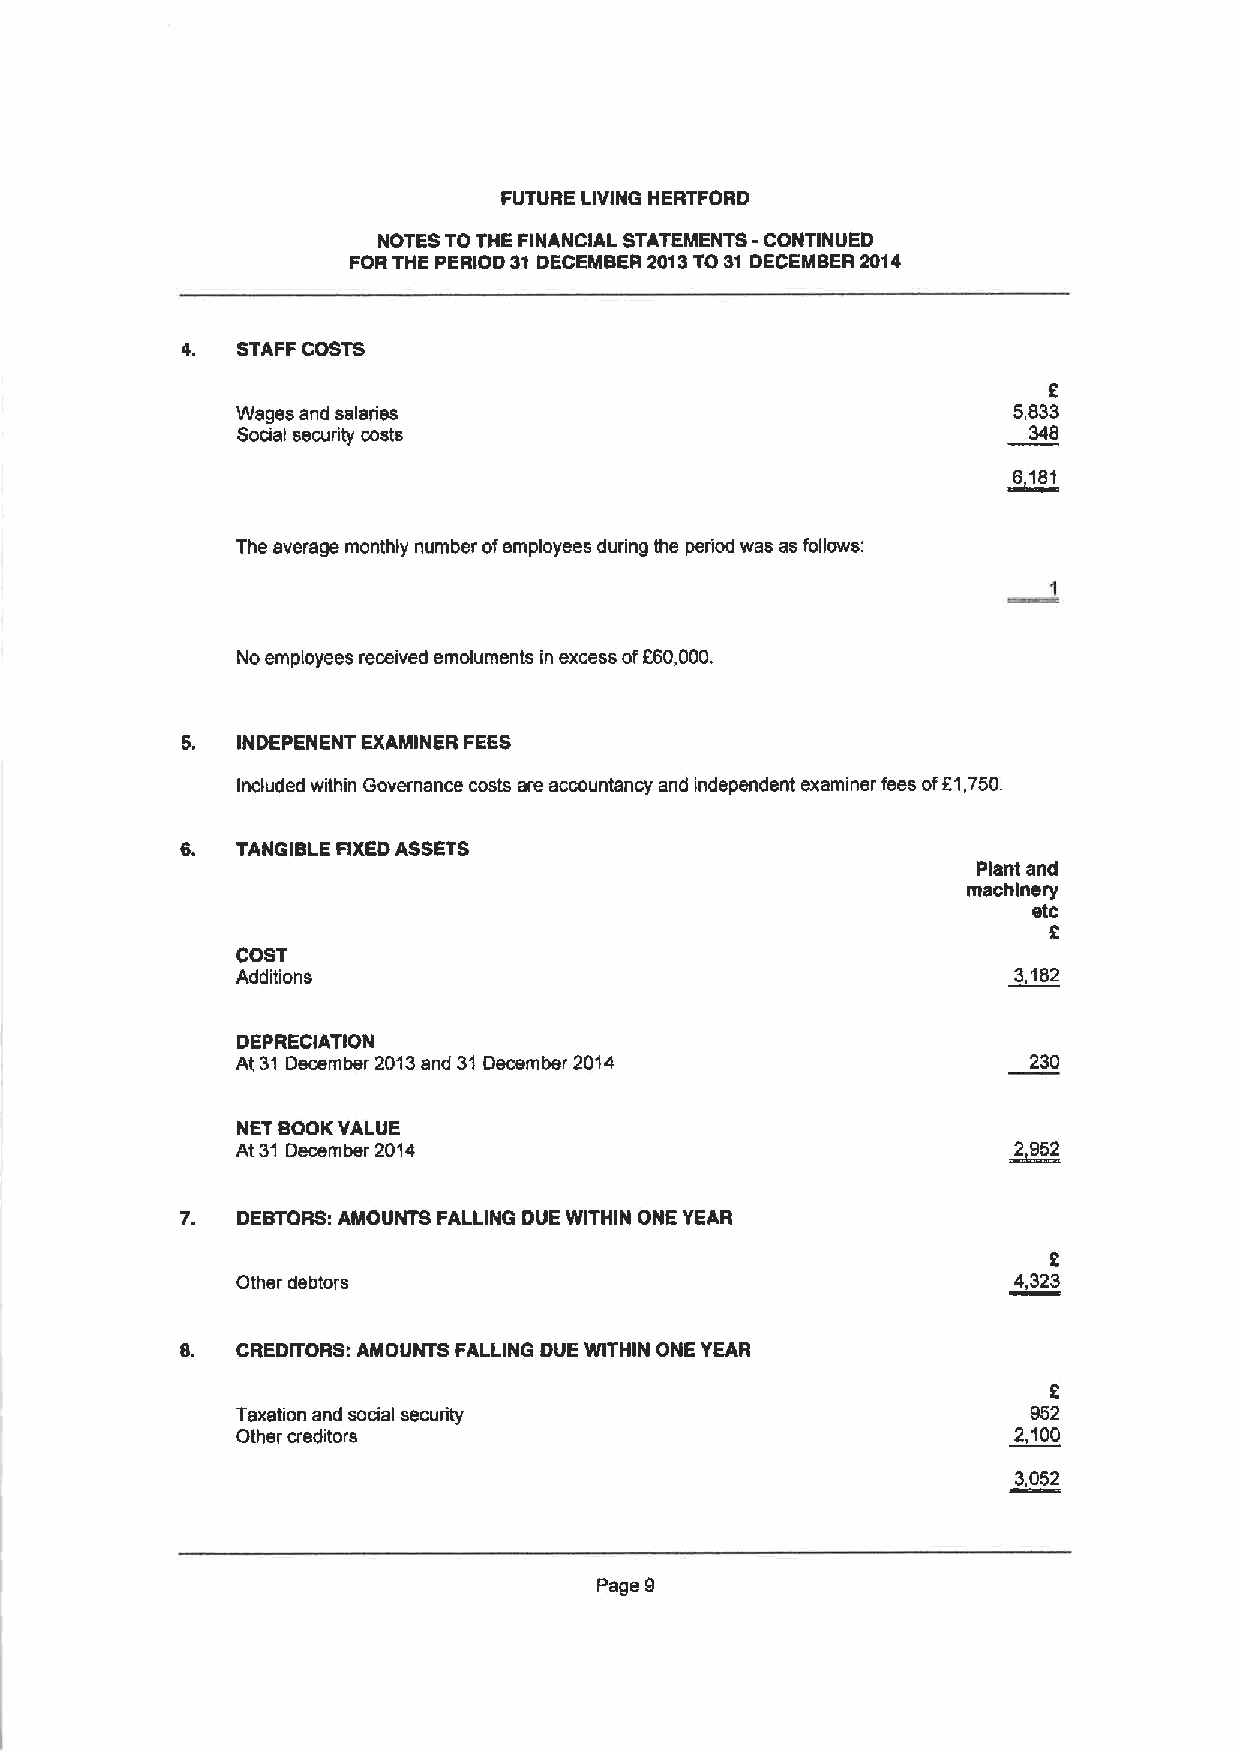
FUTURE LIVING HERTFORD
 NOTES TOTHE FINANCIAL STATEMENTS - CONTINUED
 FORTHE PERIOD 31DECEMBER 2013TO 31 DECEMBER 2014
 4.  STAFF COSTS
 9
 Wages and salaries                                 5,833
 Social security costs                               348
 ~618I
 The average monthly number ofemployees during the period was as follows:
 No employees received emoluments in excess of960,000.
 5.  INDEPENENT EXAMINER FEES
 Included within Governance costs are accountancy and independent examiner fees of9L750.
 6.  TANGIBLE FIXEDASSETS
 Plant and
 machinery
 etc
 9
 COST
 Additions                                          3,182
 DEPRECIATION
 At 31 December 2013and 31December 2014              230
 NET BOOKVALUE
 At 31 December 2014                                ~2952
 DEBTORS:AMOUNTS FALLING DUE WITHIN ONE YEAR
 9
 Other debtors                                      4,323
 8.  CREDITORS: AMOUNTS FALLING DUE WITHIN ONE YEAR
 9
 Taxation and social security                        952
 Other creditors                                    2,100
 3,052
 Page 9